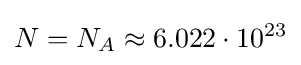
N=N_{A}\approx 6.022\cdot 10^{23}